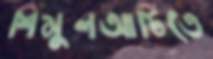
শিমুলআটিতে